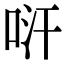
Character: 𠱢